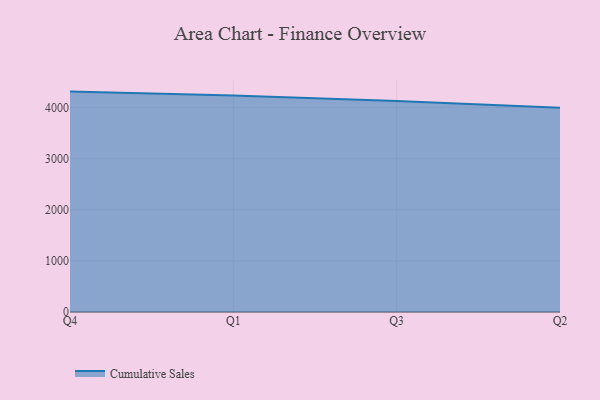
{"axis": {"x": "Quarter", "y": "Market Share (%)"}, "legend": ["Cumulative Sales"], "data": [{"x": "Q4", "y": 4310.0, "type": "Cumulative Sales"}, {"x": "Q1", "y": 4235.3, "type": "Cumulative Sales"}, {"x": "Q3", "y": 4126.9, "type": "Cumulative Sales"}, {"x": "Q2", "y": 3994.0, "type": "Cumulative Sales"}]}